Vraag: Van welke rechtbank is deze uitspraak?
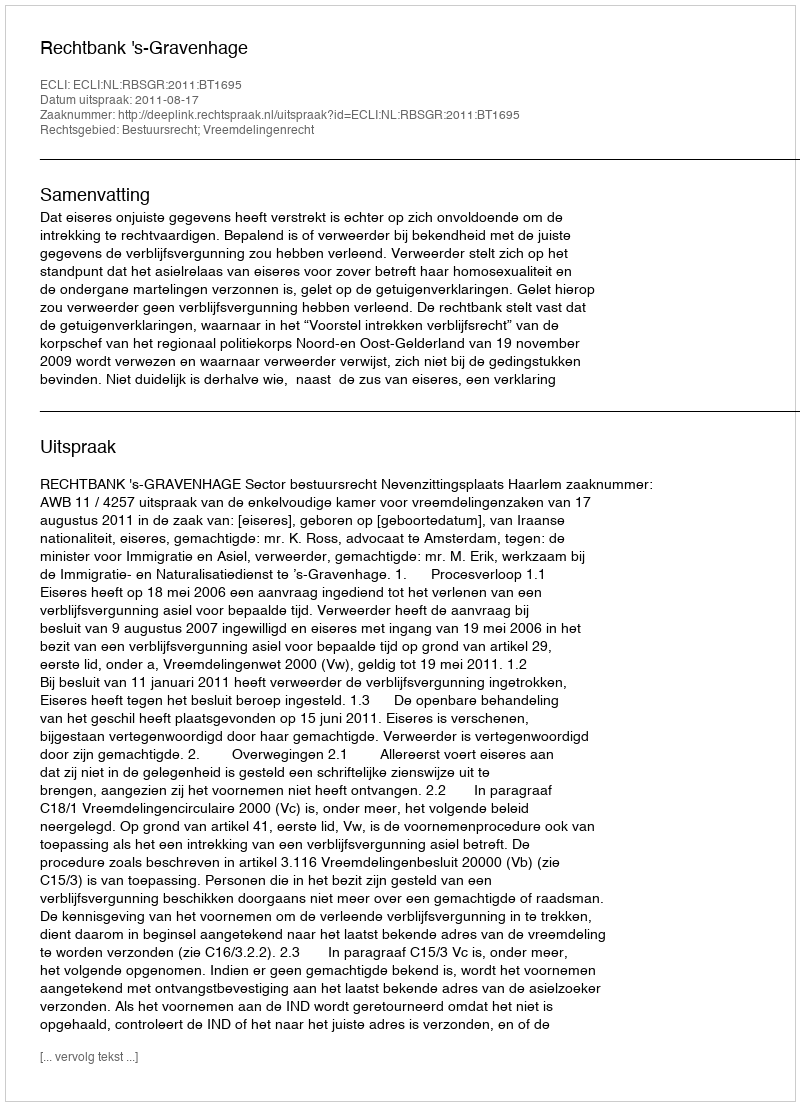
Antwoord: Rechtbank 's-Gravenhage